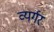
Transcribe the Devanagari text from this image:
व्यर्गर